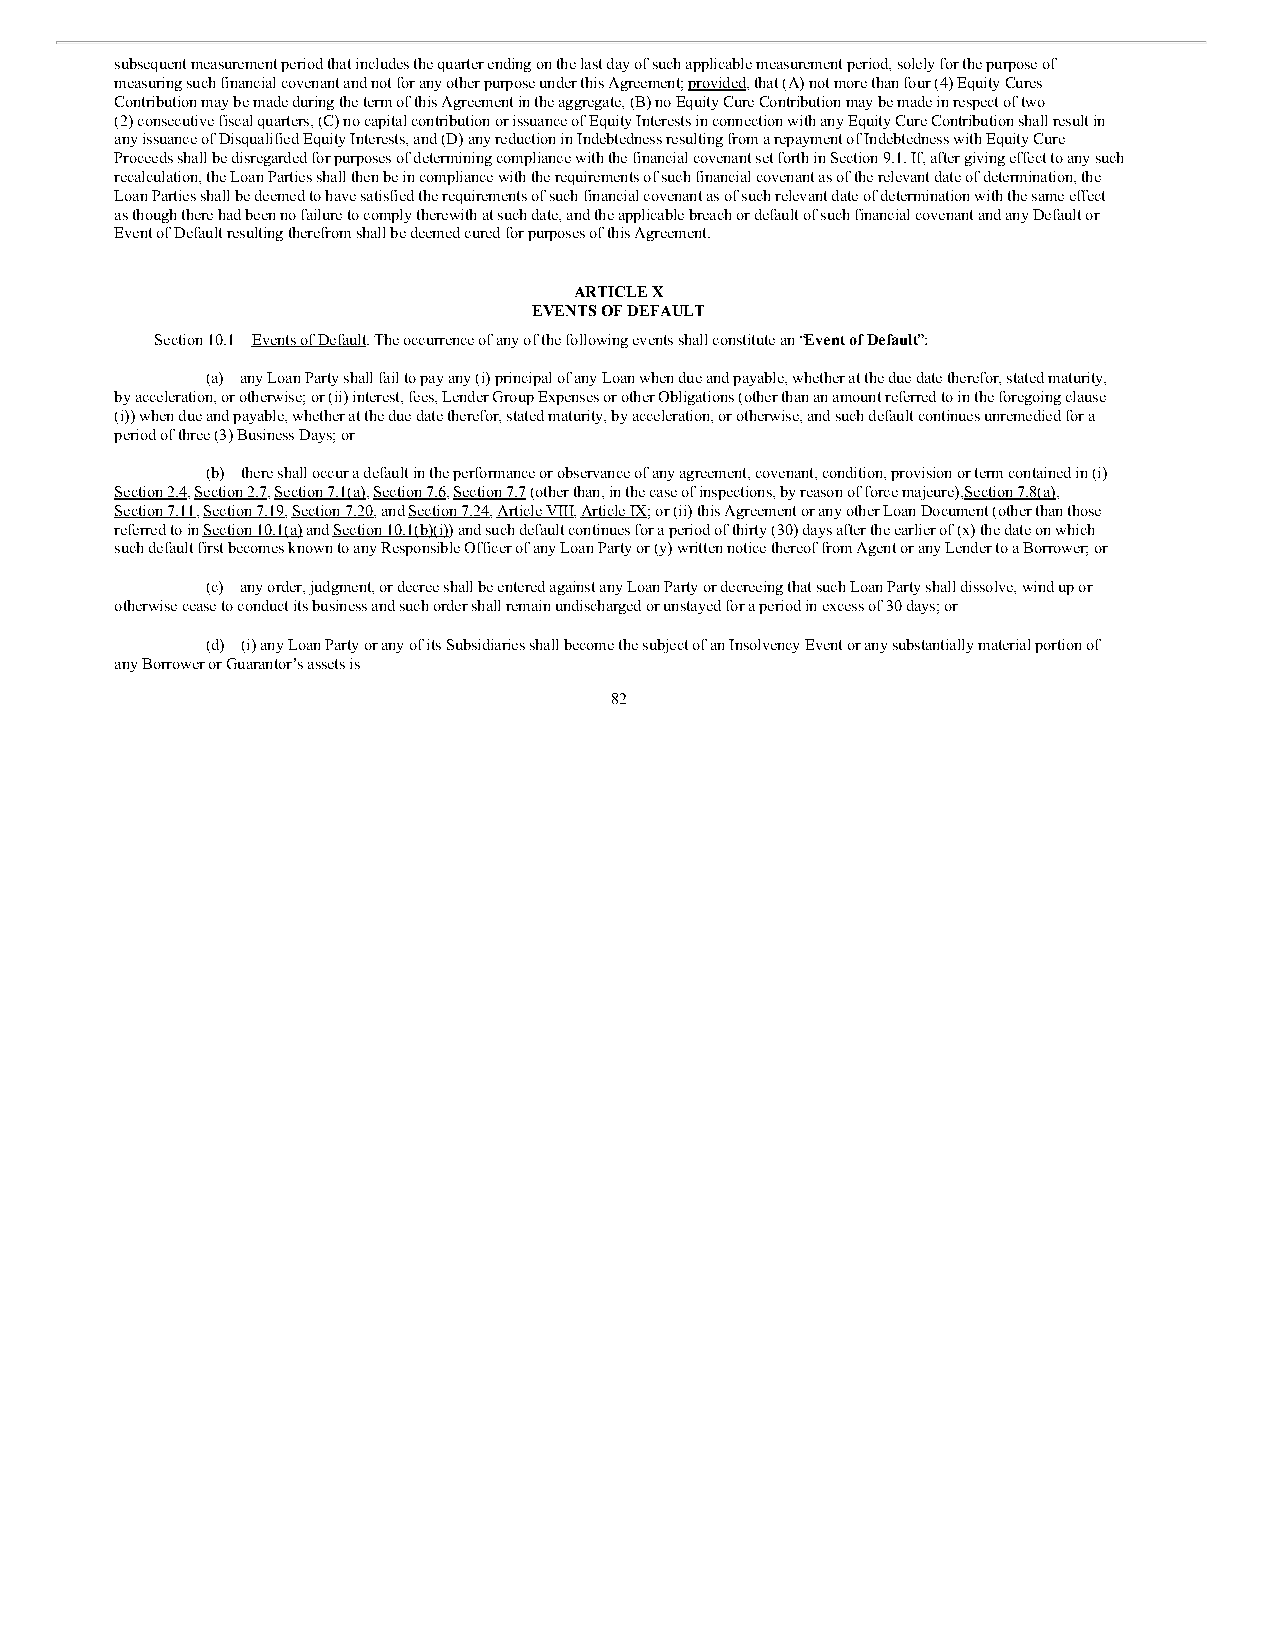
subsequent measurement period that includes the quarter ending on the last day of such applicable measurement period, solely for the purpose of
 measuring such financial covenant and not for any other purpose under this Agreement; provided, that (A) not more than four (4) Equity Cures
 Contribution may be made during the term of this Agreement in the aggregate, (B) no Equity Cure Contribution may be made in respect of two
 (2) consecutive fiscal quarters, (C) no capital contribution or issuance of Equity Interests in connection with any Equity Cure Contribution shall result in
 any issuance of Disqualified Equity Interests, and (D) any reduction in Indebtedness resulting from a repayment of Indebtedness with Equity Cure
 Proceeds shall be disregarded for purposes of determining compliance with the financial covenant set forth in Section 9.1. If, after giving effect to any such
 recalculation, the Loan Parties shall then be in compliance with the requirements of such financial covenant as of the relevant date of determination, the
 Loan Parties shall be deemed to have satisfied the requirements of such financial covenant as of such relevant date of determination with the same effect
 as though there had been no failure to comply therewith at such date, and the applicable breach or default of such financial covenant and any Default or
 Event of Default resulting therefrom shall be deemed cured for purposes of this Agreement.
 ARTICLE X
 EVENTS OF DEFAULT
 Section 10.1 Events of Default. The occurrence of any of the following events shall constitute an “Event of Default”:
 (a) any Loan Party shall fail to pay any (i) principal of any Loan when due and payable, whether at the due date therefor, stated maturity,
 by acceleration, or otherwise; or (ii) interest, fees, Lender Group Expenses or other Obligations (other than an amount referred to in the foregoing clause
 (i)) when due and payable, whether at the due date therefor, stated maturity, by acceleration, or otherwise, and such default continues unremedied for a
 period of three (3) Business Days; or
 (b) there shall occur a default in the performance or observance of any agreement, covenant, condition, provision or term contained in (i)
 Section 2.4, Section 2.7, Section 7.1(a), Section 7.6, Section 7.7 (other than, in the case of inspections, by reason of force majeure), Section 7.8(a),
 Section 7.11, Section 7.19, Section 7.20, and Section 7.24, Article VIII, Article IX; or (ii) this Agreement or any other Loan Document (other than those
 referred to in Section 10.1(a) and Section 10.1(b)(i)) and such default continues for a period of thirty (30) days after the earlier of (x) the date on which
 such default first becomes known to any Responsible Officer of any Loan Party or (y) written notice thereof from Agent or any Lender to a Borrower; or
 (c) any order, judgment, or decree shall be entered against any Loan Party or decreeing that such Loan Party shall dissolve, wind up or
 otherwise cease to conduct its business and such order shall remain undischarged or unstayed for a period in excess of 30 days; or
 (d) (i) any Loan Party or any of its Subsidiaries shall become the subject of an Insolvency Event or any substantially material portion of
 any Borrower or Guarantor’s assets is
 82